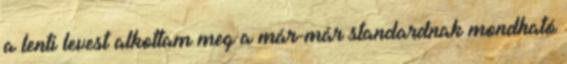
a lenti levest alkottam meg a már-már standardnak mondható